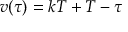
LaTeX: v ( \tau ) = k T + T - \tau